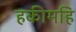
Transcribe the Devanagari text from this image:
हकीमहि